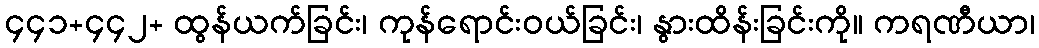
၄၄၁+၄၄၂+ ထွန်ယက်ခြင်း၊ ကုန်ရောင်းဝယ်ခြင်း၊ နွားထိန်းခြင်းကို။ ကရဏီယာ၊